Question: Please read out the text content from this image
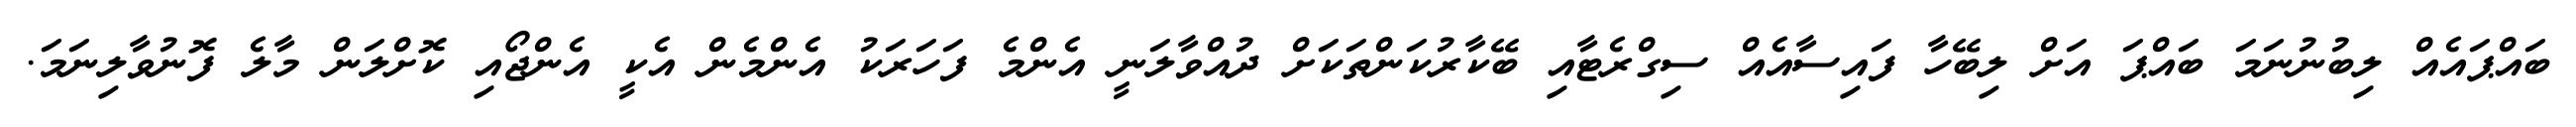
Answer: ބައްޕައެއް ލިބުނުނަމަ ބައްޕަ އަށް ލިބޭހާ ފައިސާއެއް ސިގްރެޓާއި ބޭކާރުކަންތަކަށް ދުއްވާލަނީ އެންމެ ފަހަރަކު އެންމެން އެކީ އެންޖޯއި ކޮށްލަން މާލެ ފޮނުވާލިނަމަ.